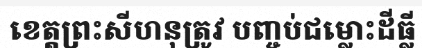
ខេត្តព្រះសីហនុត្រូវ បញ្ចប់ជម្លោះដីធ្លី